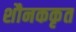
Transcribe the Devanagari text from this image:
शौनककृत